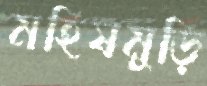
মহিষমুড়ি